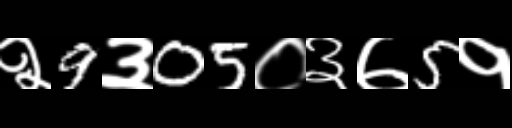
Text: २9३05०३७5१